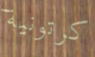
كرتونية